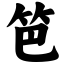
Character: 笆